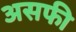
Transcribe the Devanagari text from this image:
असफी